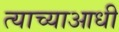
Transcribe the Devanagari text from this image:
त्याच्याआधी